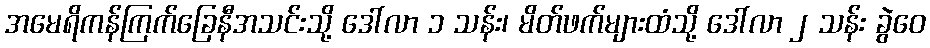
အမေရိကန်ကြက်ခြေနီအသင်းသို့ ဒေါ်လာ ၁ သန်း၊ မိတ်ဖက်များထံသို့ ဒေါ်လာ ၂ သန်း ခွဲဝေ